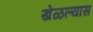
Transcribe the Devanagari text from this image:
खेळल्यास